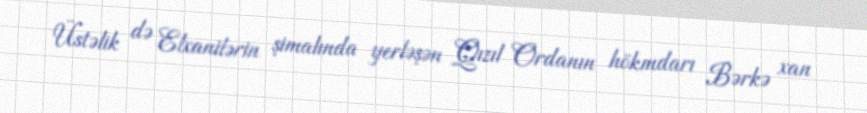
Üstəlik də Elxanilərin şimalında yerləşən Qızıl Ordanın hökmdarı Bərkə xan